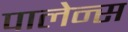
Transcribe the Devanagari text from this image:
पालेन्स